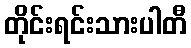
တိုင်းရင်းသားပါတီ